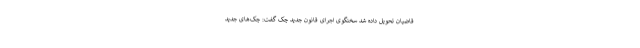
قاضیان تحویل داده شد سخنگوی اجرای قانون جدید چک گفت:‌ چک‌های جدید